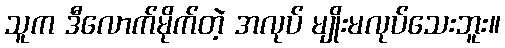
သူက ဒီလောက်မိုက်တဲ့ အလုပ် မျိုးမလုပ်သေးဘူး။